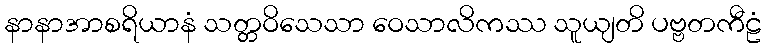
နာနာအာစရိယာနံ သတ္တဝိသေသာ ဝေသာလိကဿ သူယျတိ ပဗ္ဗတကီဠံ